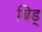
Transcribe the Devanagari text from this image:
बिड्